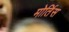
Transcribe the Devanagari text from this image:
मोर्तिस